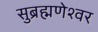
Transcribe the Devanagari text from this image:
सुब्रह्मणेश्वर